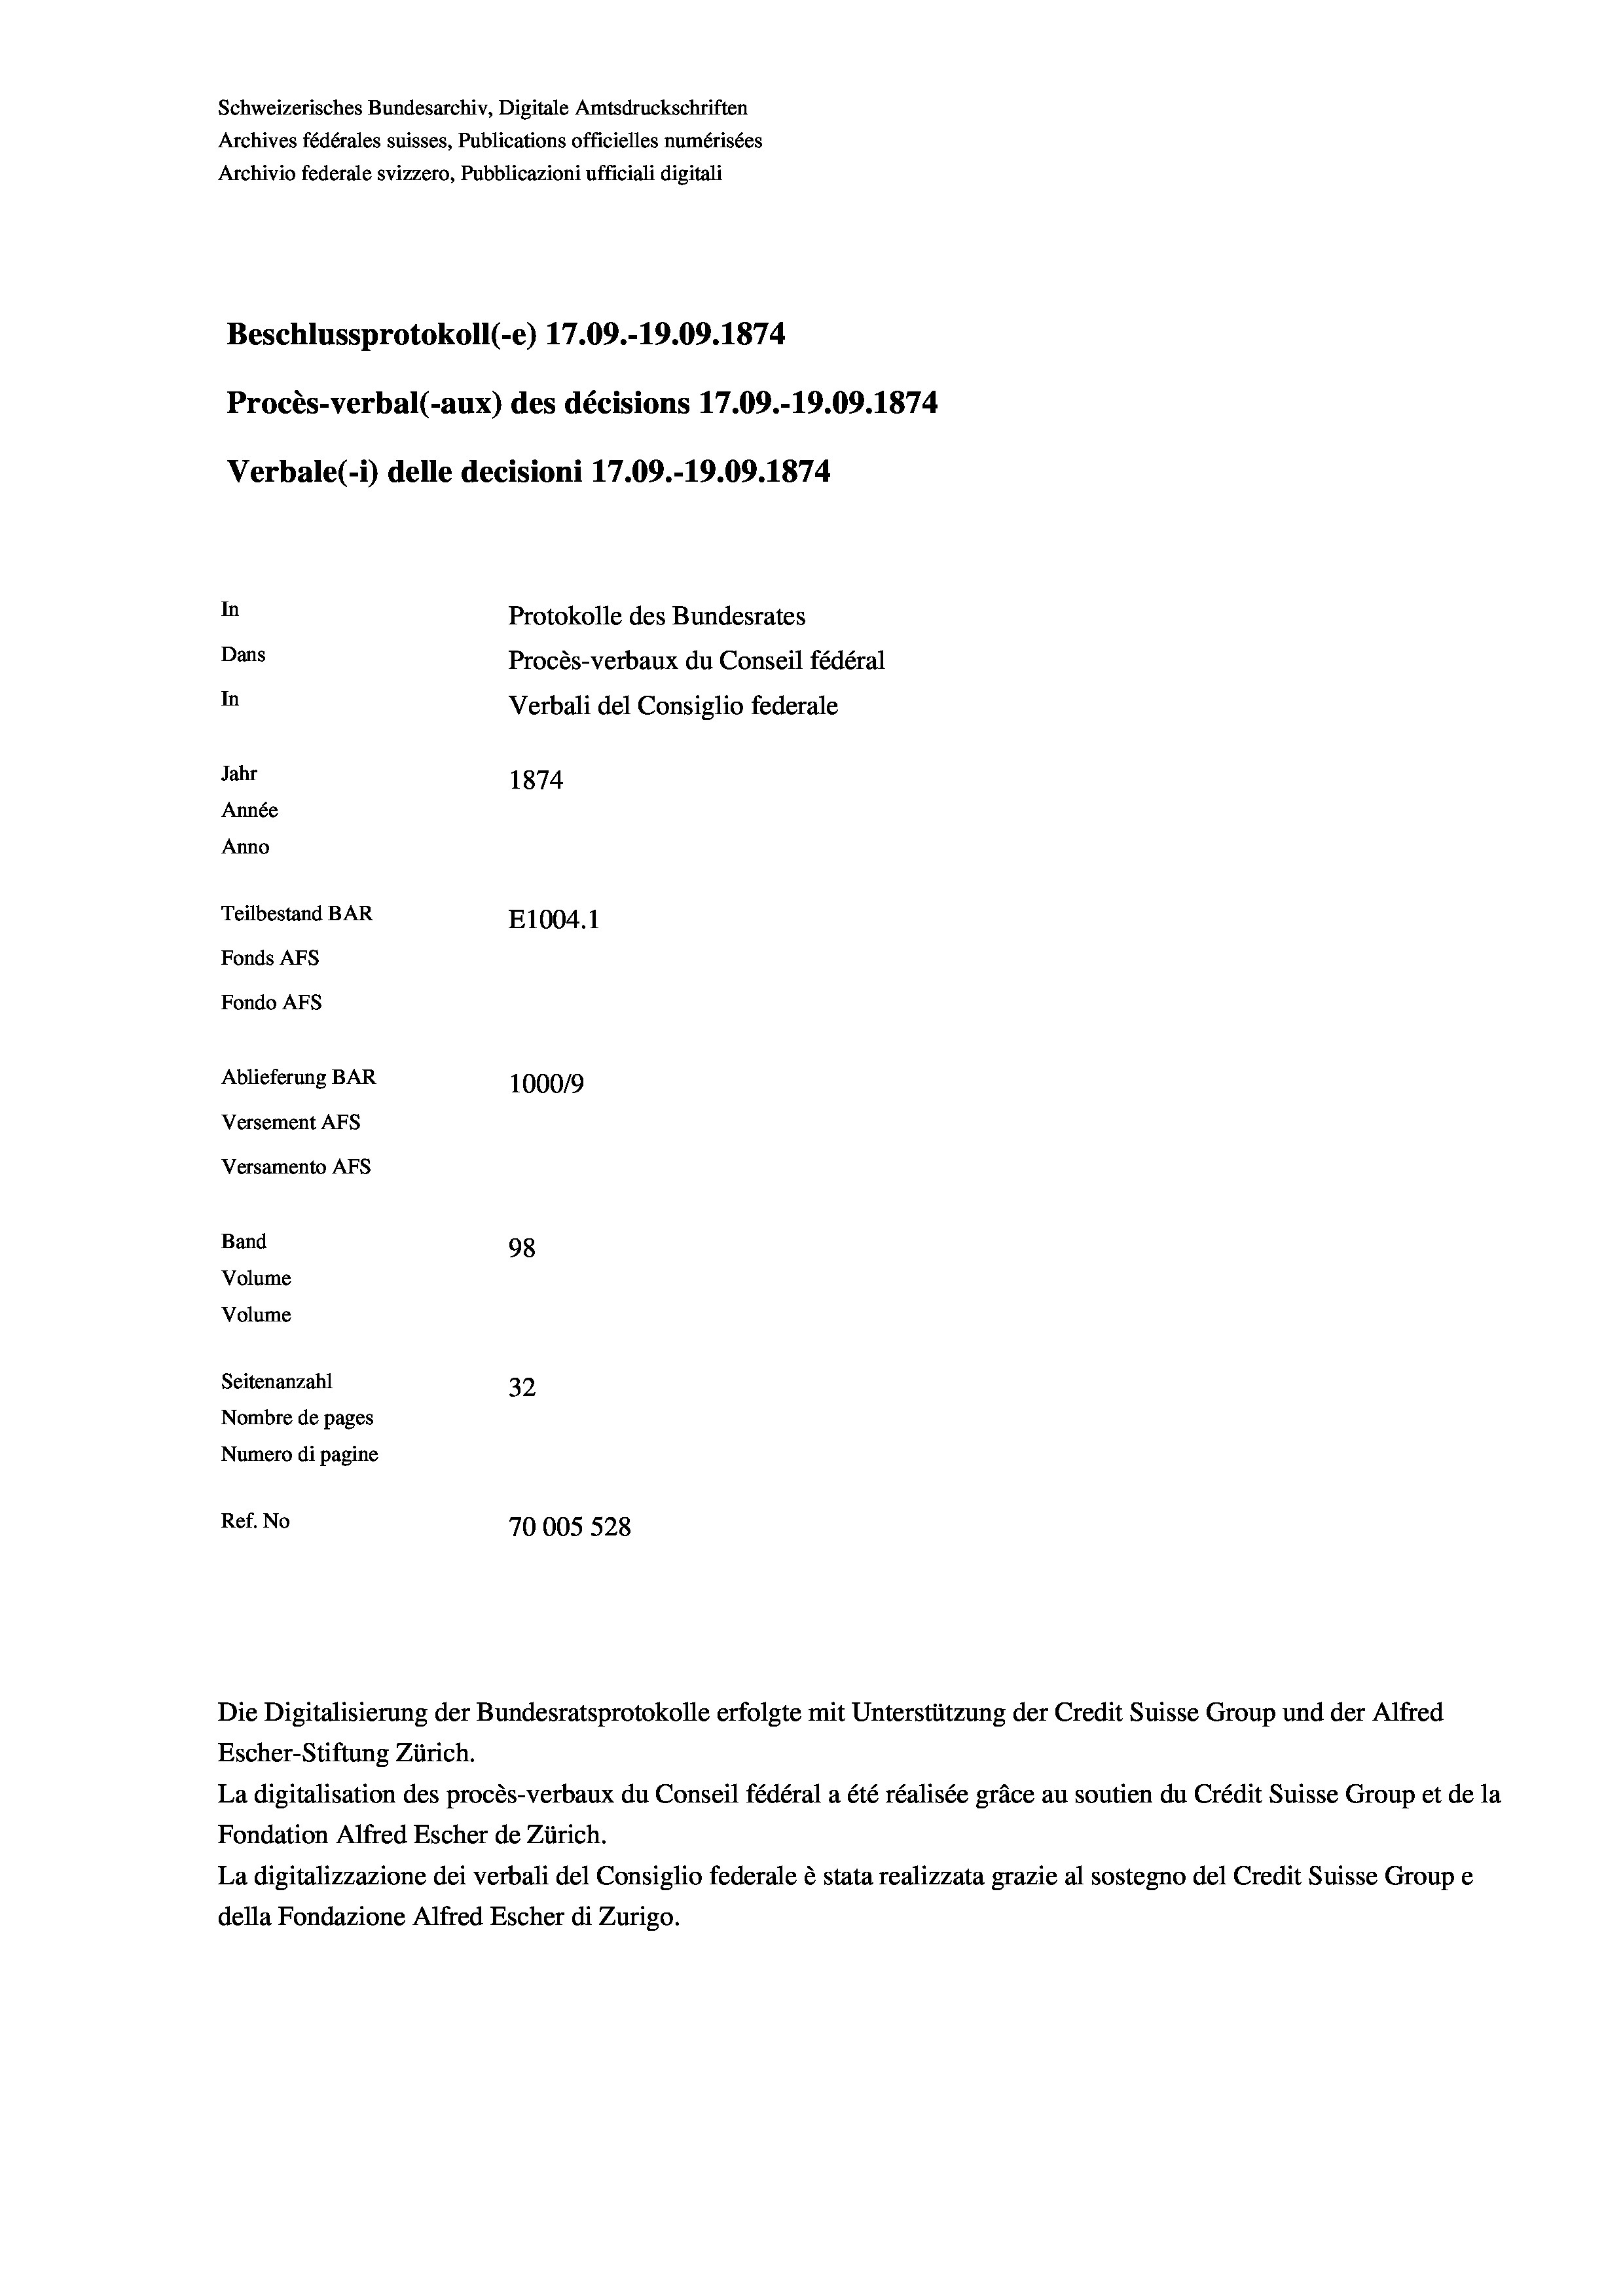
Band

Schweizerisches Bundesarchiv, Digitale Amtsdruckschriften
Archives fédérales suisses, Publications officielles numérisées
Archivio federale svizzero, Pubblicazioni ufficiali digitali
Beschlussprotokoll (-e) 17.09.-19.09. 1874
Procès-verbal (-aux) des décisions 17.09.-19.09. 1874
Verbale (1) delle decisioni 17.09.-19.09. 1874
In
Protokolle des Bundesrates
Dans
Procès-verbaux du Conseil fédéral
In
Verbali del Consiglio federale
Jahr
1874
Année
Anno
Teilbestand BAR
E1004. 1
Fonds AFs
Fondo AFS
Ablieferung BAR
100019
Versement AFs
Versamento Afs

98
Volume
Volume
Seitenanzahl
32
Nombre de pages
Numero di pagine
Ref. No
70005 528

Die Digitalisierung der Bundesratsprotokolle erfolgte mit Unterstützung der Credit Suisse Group und der Alfred
Escher-Stiftung Zürich.
La digitalisation des procès-verbaux du Conseil fédéral a été réalisée gräce au soutien du Crédit Suisse Group et de la
Fondation Alfred Escher de Zürich.
La digitalizzazione dei verbali del Consiglio federale è stata realizzata grazie al sostegno del Credit Suisse Groupe
della Fondazione Alfred Escher di Zurigo.